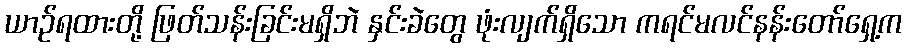
ယာဉ်ရထားတို့ ဖြတ်သန်းခြင်းမရှိဘဲ နှင်းခဲတွေ ဖုံးလျက်ရှိသော ကရင်မလင်နန်းတော်ရှေ့က